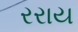
રરાય